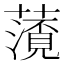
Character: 𮒐